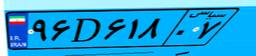
۹۶D۶۱۸۰۷